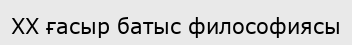
ХХ ғасыр батыс философиясы